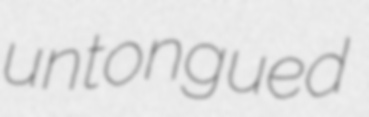
untongued